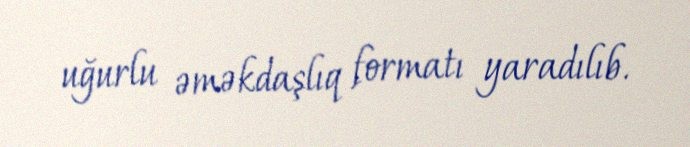
uğurlu əməkdaşlıq formatı yaradılıb.